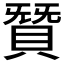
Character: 𮚋